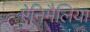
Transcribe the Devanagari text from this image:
ऐनिमैलिया